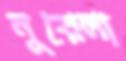
নুরেলা